Source: Handwritten
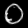
Digit: ၀ (0)